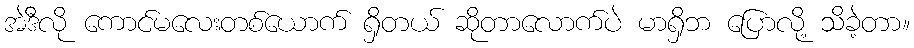
အဲဒီလို ကောင်မလေးတစ်ယောက် ရှိတယ် ဆိုတာလောက်ပဲ မာရှိဘ ပြောလို့ သိခဲ့တာ။